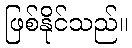
ဖြစ်နိုင်သည်။